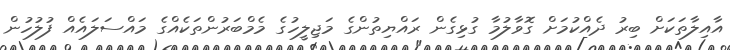
އާއިލާތަކަށް ބިރު ދެއްކުމަށް ގޮވާލުމާ ގުޅިގެން ރައްޔިތުންގެ މަޖިލީހުގެ މެމްބަރުންތަކެއްގެ މައްސަލައެއް ފުލުހުން